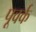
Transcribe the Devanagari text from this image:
पूवर्क